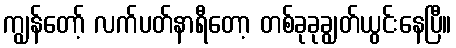
ကျွန်တော့် လက်ပတ်နာရီတော့ တစ်ခုခုချွတ်ယွင်းနေပြီ။